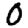
Digit: 0